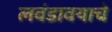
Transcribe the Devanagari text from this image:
लवंडावयाचे